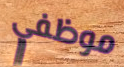
موظفي